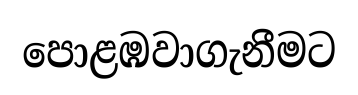
පොළඹවාගැනීමට